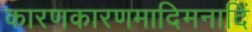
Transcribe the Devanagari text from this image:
कारणकारणमादिमनादिं